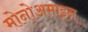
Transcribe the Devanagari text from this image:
मोनोअमाइन